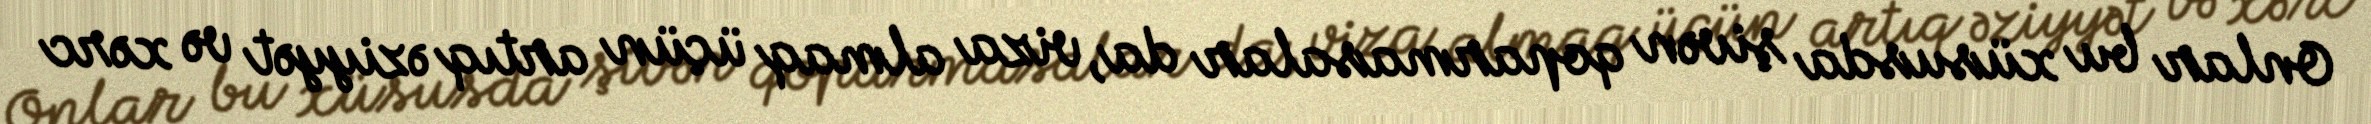
Onlar bu xüsusda şivən qoparmasalar da, viza almaq üçün artıq əziyyət və xərc